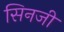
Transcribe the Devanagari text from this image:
सिनजी